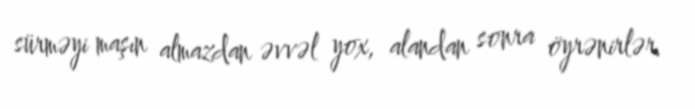
sürməyi maşın almazdan əvvəl yox, alandan sonra öyrənirlər.